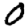
Digit: 0